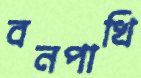
বনপাখি